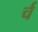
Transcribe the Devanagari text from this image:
र्च